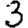
Digit: 3